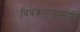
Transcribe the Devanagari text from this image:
विवेकचूडामणी